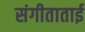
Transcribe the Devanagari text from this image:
संगीताताई